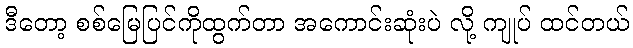
ဒီတော့ စစ်မြေပြင်ကိုထွက်တာ အကောင်းဆုံးပဲ လို့ ကျုပ် ထင်တယ်